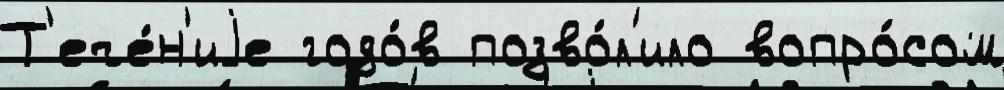
Т'ече́н'иjе годо́в позво́л'ило вопро́сом